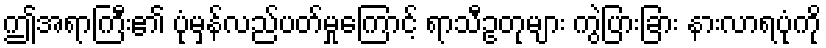
ဤအရာကြီး၏ ပုံမှန်လည်ပတ်မှုကြောင့် ရာသီဥတုများ ကွဲပြားခြား နားလာရပုံကို